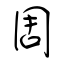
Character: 周